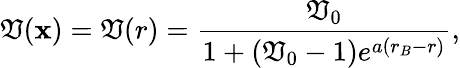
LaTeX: \mathfrak{V}(\mathbf{{x}})=\mathfrak{V}(r)=\frac{{\mathfrak{V}_{0}}}{{1+(\mathfrak{V}_{0}-1)e^{a(r_{B}-r)}}},